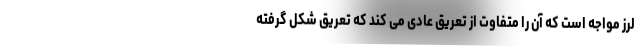
لرز مواجه است که آن را متفاوت از تعریق عادی می کند که تعریق شکل گرفته